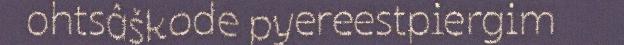
ohtsâškode pyereestpiergim